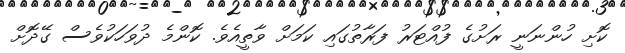
ކޮށި ހުންނަނީ ރަށުގެ ފުއްޓަރު ފަރާތުގައި ކަމަށް ވާތީއެވެ. ކޮންމެ ދުވަހަކުވެސް ގޭދޮށް